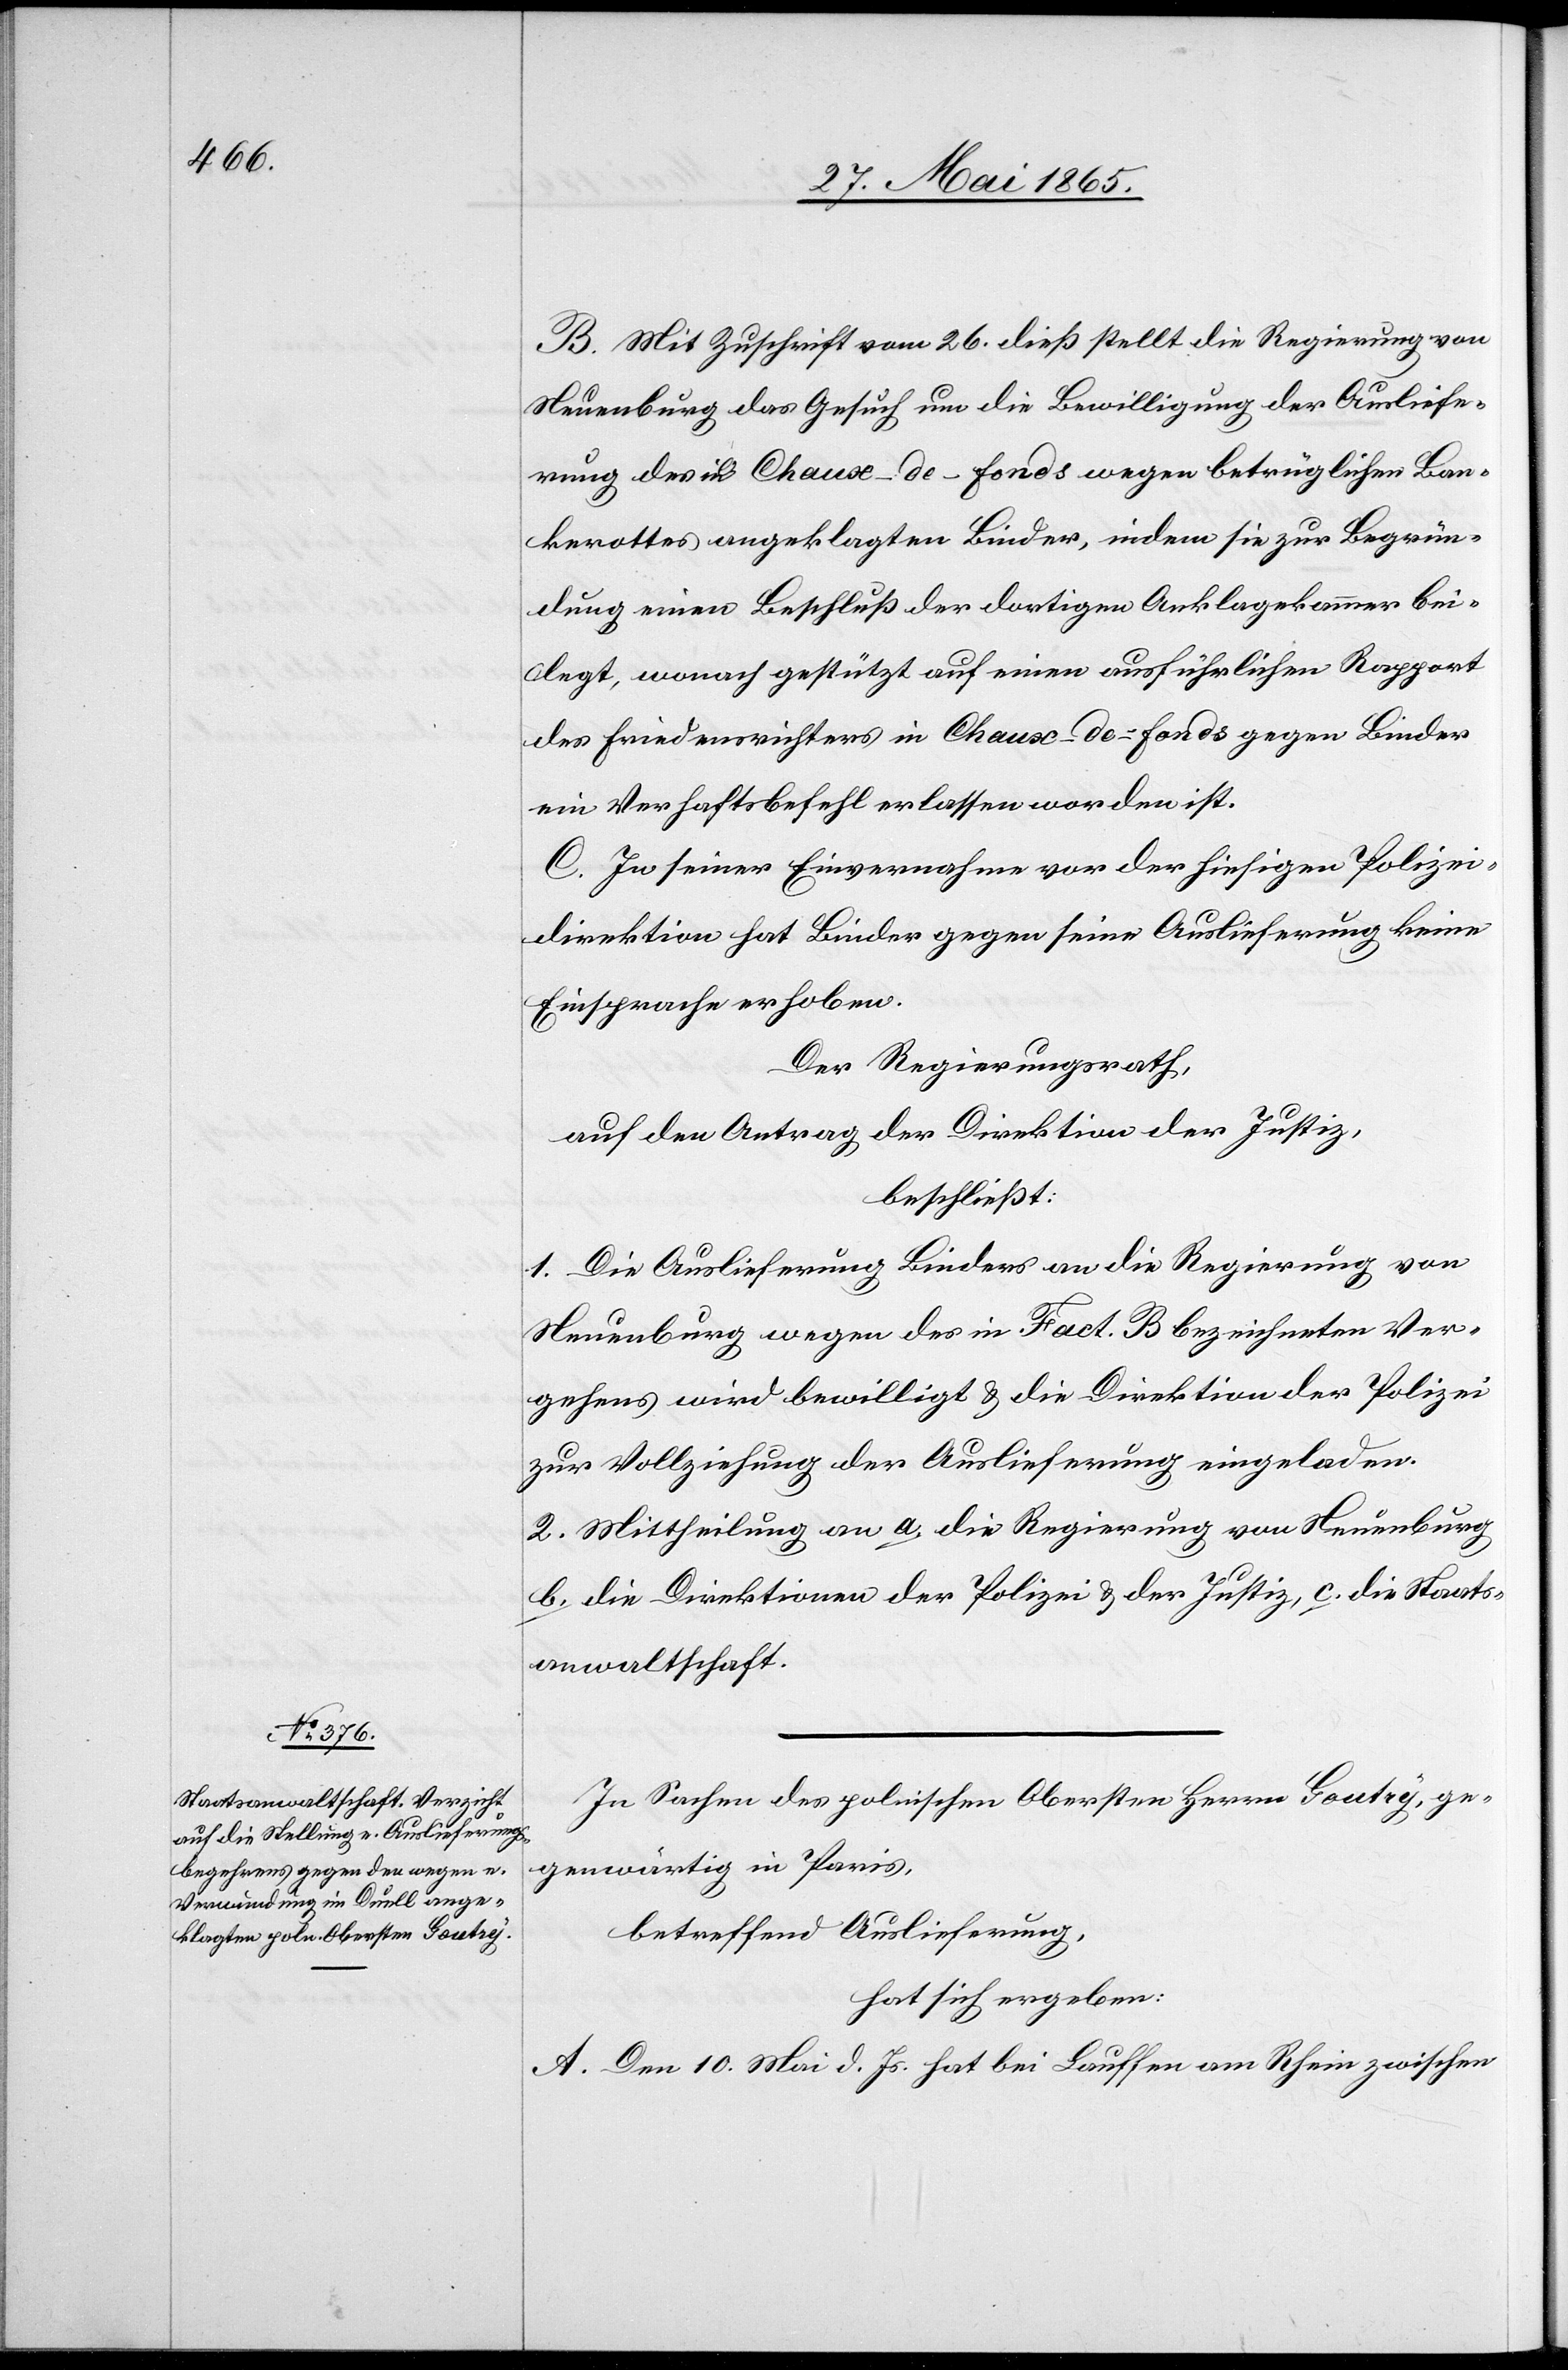
B. Mit Zuschrift vom 26. dieß stellt die Regierung von
Neuenburg das Gesuch um die Bewilligung der Ausliefe¬
rung des in Chaux-de-fonds wegen betrüglichen Ban¬
kerottes angeklagten Binder, indem sie zur Begrün¬
dung einen Beschluß der dortigen Anklagekammer bei¬
legt, wonach gestützt auf einen ausführlichen Rapport
des Friedensrichters in Chaux-de-fonds gegen Binder
ein Verhaftsbefehl erlassen worden ist.
C. In seiner Einvernahme vor der hiesigen Polizei¬
direktion hat Binder gegen seine Auslieferung keine
Einsprache erhoben.
Der Regierungsrath,
auf den Antrag der Direktion der Justiz,
beschließt:
1. Die Auslieferung Binders an die Regierung von
Neuenburg wegen des in Fact. B bezeichneten Ver¬
gehens wird bewilligt & die Direktion der Polizei
zur Vollziehung der Auslieferung eingeladen.
2. Mittheilung an a. die Regierung von Neuenburg
b. die Direktionen der Polizei & der Justiz, c. die Staats¬
anwaltschaft.
In Sachen des polnischen Obersten Herrn Goutry, ge¬
genwärtig in Paris,
betreffend Auslieferung,
hat sich ergeben:
A. Den 10. Mai d. Js. hat bei Lauffen am Rhein zwischen